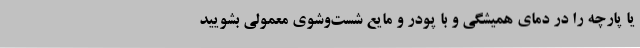
یا پارچه را در دمای همیشگی و با پودر و مایع شست‌وشوی معمولی بشویید